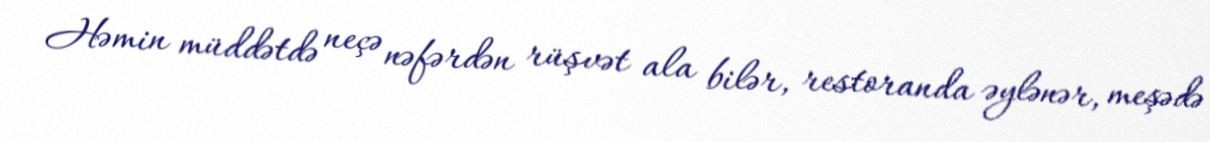
Həmin müddətdə neçə nəfərdən rüşvət ala bilər, restoranda əylənər, meşədə